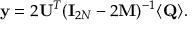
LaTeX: { \bf y } = 2 { \bf U } ^ { T } ( { \bf I } _ { 2 N } - 2 { \bf M } ) ^ { - 1 } \langle { \bf Q } \rangle .